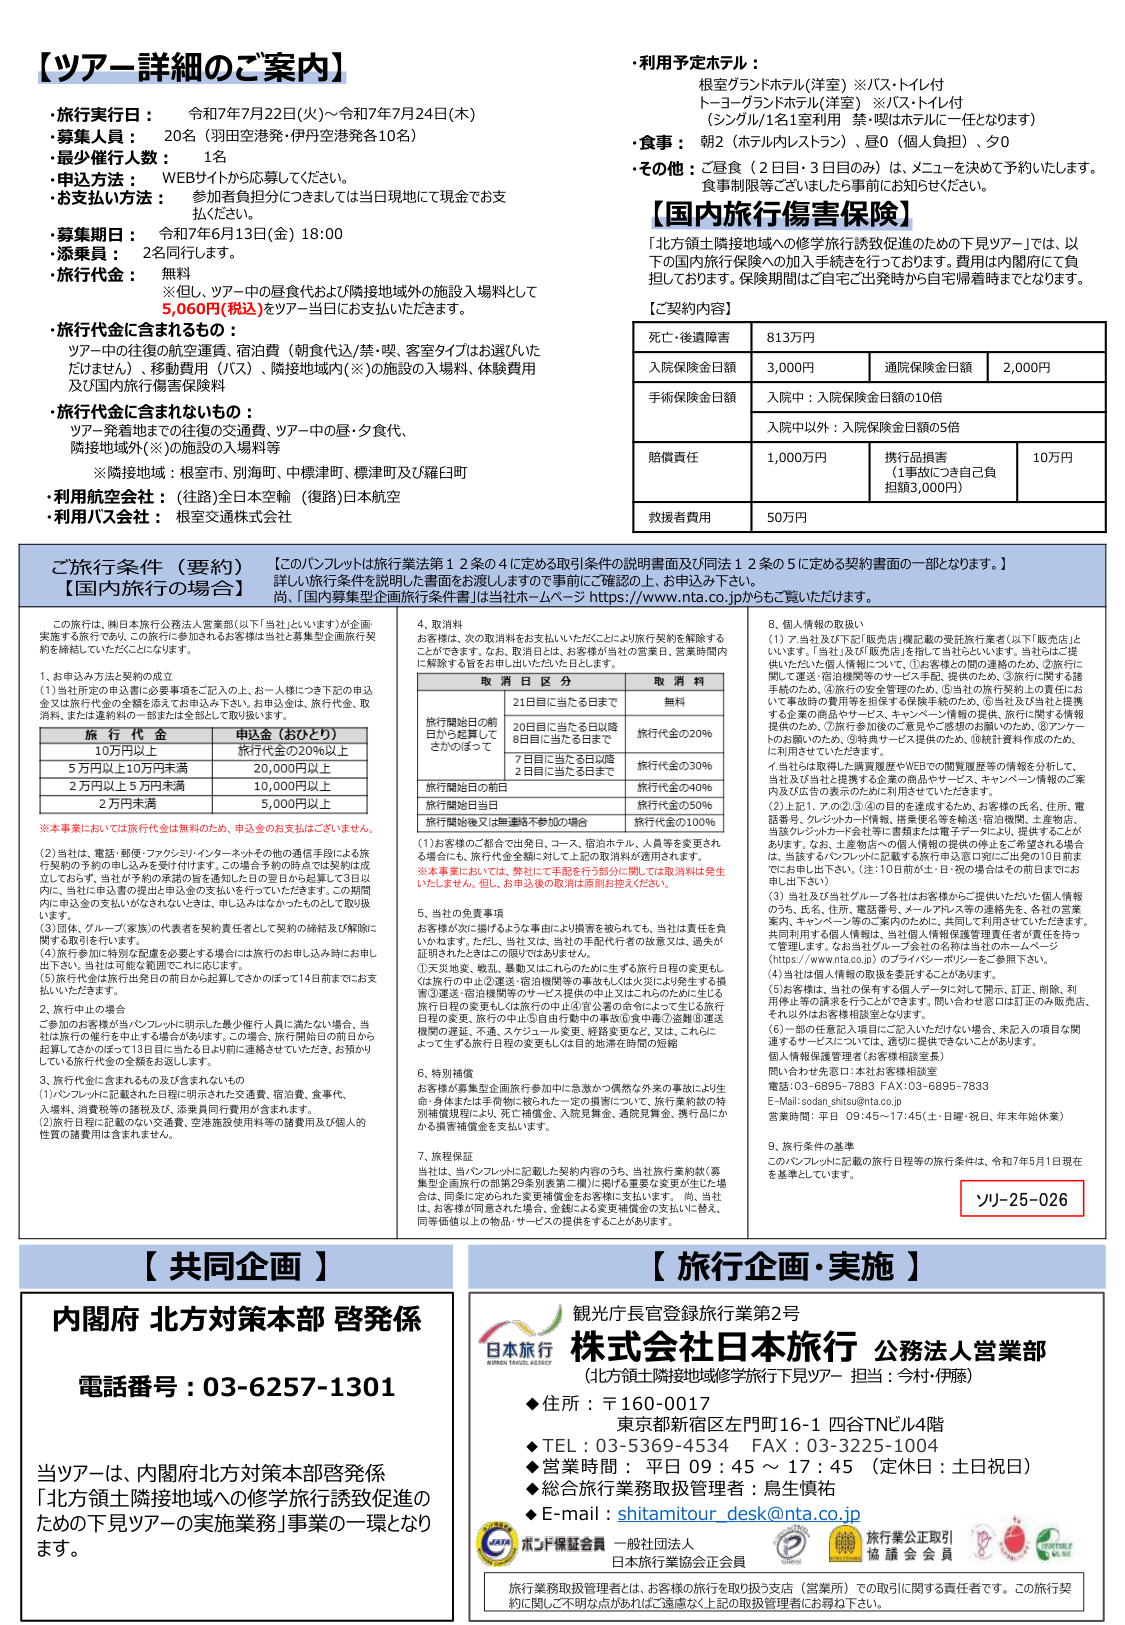
【ツアー詳細のご案内】

・旅行実行日： 令和7年7月22日(火)～令和7年7月24日(木)
・募集人員： 20名（羽田空港発・伊丹空港発各10名）
・最少催行人数： 1名
・申込方法： WEBサイトから応募してください。
・お支払い方法： 参加者負担分につきましては当日現地にて現金でお支払ください。
・募集期日： 令和7年6月13日(金) 18:00
・添乗員： 2名同行します。
・旅行代金： 無料
※但し、ツアー中の昼食代および隣接地域への施設入場料として5,060円(税込)をツアー当日にお支払いいただきます。

・旅行代金に含まれるもの：
ツアー中の往復の航空運賃、宿泊費（朝食代込/禁・喫、客室タイプはお選びいただけません）、移動費用（バス）、隣接地域内(※)の施設の入場料、体験費用及び国内旅行傷害保険料

・旅行代金に含まれないもの：
ツアー発着地までの往復の交通費、ツアー中の昼・夕食代、隣接地域外(※)の施設の入場料等
※隣接地域：根室市、別海町、中標津町、標津町及び羅臼町

・利用航空会社： (往路)日本航空機 (復路)日本航空
・利用バス会社： 根室交通株式会社

・利用予定ホテル：
根室グランドホテル(洋室) ※バス・トイレ付
トーコングランドホテル(洋室) ※バス・トイレ付
(シングル/1名1室利用 禁・喫はホテルに一任となります)

・食事： 朝2（ホテル内レストラン）、昼0（個人負担）、夕0
・その他： ご昼食（2日目・3日目の分）は、メニューを決めて予約いたします。食事制限等ございましたら事前にお知らせください。

【国内旅行傷害保険】
「北方領土隣接地域への修学旅行誘致促進のための下見ツアー」では、以下の国内旅行保険への加入手続きを行っております。費用は内閣府にて負担しております。保険期間はご自宅ご出発時から自宅帰着時までとなります。

【ご契約内容】
| 死亡・後遺障害 | 813万円 |
| 入院保険金日額 | 3,000円 | 通院保険金日額 | 2,000円 |
| 手術保険金日額 | 入院中：入院保険金日額の10倍 | | |
| | 入院中以外：入院保険金日額の5倍 | | |
| 賠償責任 | 1,000万円 | 損耗品損害（1事故につき自己負担額3,000円） | 10万円 |
| 救援者費用 | 50万円 |

ご旅行条件（要約）
【国内旅行の場合】
【このパンフレットは旅行業法第12条の4に定める取引条件の説明書面及び同法12条の5に定める契約書面の一部となります。】
詳しい旅行条件を説明した書面をお渡ししますので事前にご確認の上、お申込み下さい。
尚、「国内募集型企画旅行条件書」は当社ホームページ https://www.nta.co.jpからご覧いただけます。

この旅行は、㈱日本旅行公務法人営業部（以下「当社」といいます）が企画・実施を依頼しており、この旅行に参加されるお客様は当社と募集型企画旅行契約を締結していただくことになります。

1. お申込み方法と契約の成立
(1) 当社所定の申込書に必要事項をご記入の上、お一人様につき下記の申込金又は旅行代金の全額を添えてお申込み下さい。お申込金は、旅行代金、取消料、または違約料の一部または全部として取り扱います。

| 旅行代金 | 申込金（おひとり） |
|----------|------------------|
| 10万円以上 | 旅行代金の20%以上 |
| 5万円以上10万円未満 | 20,000円以上 |
| 2万円以上5万円未満 | 10,000円以上 |
| 2万円未満 | 5,000円以上 |

※本事業においては旅行代金は無料のため、申込金のお支払いございません。

(2) 当社は、電話・郵便・ファクシミリ・インターネットその他の通信手段による旅行契約の予約の申し込みを受け付けます。この場合予約の時点では契約は成立しておらず、当社が予約の承諾の旨を通知した日の翌日から起算して3日以内に、当社に申込書の提出と申込金の支払いを行っていただきます。この期間内に申込金の支払いがなされないときは、申込みはなかったものとして取り扱います。

(3) 団体、グループ・家族・の代表者を契約責任者として契約の締結及び解除に関する取り扱いを行います。

(4) 旅行参加に特別な配慮を必要とする場合は旅行のお申し込み時に申し出下さい。当社は可能な範囲でこれに応じます。

(5) 旅行代金は旅行出発日の前日から起算してさかのぼって14日前までにお支払いいただきます。

2. 旅行中止の場合
ご参加のお客様が当パンフレットに明示した最少催行人員に満たない場合、当社は旅行の催行を中止する場合があります。この場合、旅行開始日の前日から起算してさかのぼって13日目に当たる日以前に連絡させていただき、お預かりしている旅行代金の全額をお返しします。

3. 旅行代金に含まれるもの及び含まれないもの
(1) パンフレットに記載された日程に明示された交通費、宿泊費、食事代、入場料、消費税等の諸税及び、添乗員同行費用が含まれます。
(2) 旅行日程に記載のない交通費、空港施設使用料等の諸費用及び個人的性質の諸費用は含まれません。

4. 取消料
お客様が、次の取消料をお支払いいただくことにより旅行契約を解除することができます。なお、取消日とは、お客様が当社の営業日、営業時間内に解除する旨をお申し出いただいた日とします。

| 取消日区分 | 取消料 |
|------------|--------|
| 旅行開始日の前日から起算してさかのぼって21日目に当たる日まで | 無料 |
| 20日目に当たる日以降8日目に当たる日まで | 旅行代金の20% |
| 7日目に当たる日以降2日目に当たる日まで | 旅行代金の30% |
| 旅行開始日の前日 | 旅行代金の40% |
| 旅行開始当日 | 旅行代金の50% |
| 旅行開始後又は無連絡不参加の場合 | 旅行代金の100% |

(1) お客様のご都合で出発日、コース、宿泊ホテル、人員等を変更される場合にも、旅行代金全額に対して上記の取消料が適用されます。
※本事業においては、弊社にて手配を行う部分に関しては取消料は発生いたしません。但し、お申込後の取消は原則お控えください。

5. 当社の免責事項
お客様が次に掲げるような事由により損害を被られても、当社は責任を負いかねます。ただし、当社又は、当社の手配代行者の故意又は、過失が原因となった場合にはこの限りではありません。
① 天災地変、戦乱、暴動又はこれらのために生ずる旅行日程の変更もしくは旅行の中止② 運送・宿泊機関等の事故もしくは火災により発生する損害③ 運送・宿泊機関等のサービス提供の中止又はこれらのために生じる旅行日程の変更もしくは旅行の中止④ 官公署の命令によって生じる旅行日程の変更、旅行の中止⑤ 自由行動中の事故⑥ 食中毒⑦ 旅程⑧ 運送機関の遅延、不通、スケジュール変更、経路変更など、又は、これらによって生ずる旅行日程の変更もしくは目的地滞在時間の短縮

6. 特別補償
お客様が募集型企画旅行参加中に急激かつ偶然な外来の事故により生命・身体または手荷物に被られた一定の損害について、旅行業約款(募集型企画旅行の部第29条別表第2欄)に掲げる重要な変更が生じた場合、同条に定められた変更補償金をお支払いします。尚、当社は、お客様が同意された場合、全額による変更補償金の支払いに替え、同等価値以上の物品・サービスの提供をすることがあります。

7. 旅程保証
当社は、当パンフレットに記載した契約内容のうち、当社旅行業約款(募集型企画旅行の部第29条別表第2欄)に掲げる重要な変更が生じた場合は、同条に定められた変更補償金をお支払いします。尚、当社は、お客様が同意された場合、全額による変更補償金の支払いに替え、同等価値以上の物品・サービスの提供をすることがあります。

8. 個人情報の取扱い
(1) 7.当社及び下記「販売店」(機関扱の受託旅行業者（以下「販売店」といいます。「当社」及び「販売店」を併して当社といいます。当社とは一括供した個人情報について、①お客様との間の連絡のため、②旅行に関しご運送・宿泊機関等のサービス手配、提供のため、③旅行に関する諸手続きのため、④旅行の安全管理のため、⑤当社の旅行契約上の責任において事故時の費用等を担保する保険手続のため、⑥当社及び当社と提携する企業の商品やサービス、キャンペーン情報の提供、旅行に関する情報提供のため、⑦旅行参加者間のご意見やご感想のお願いのため、⑧アンケートのお願いのため、⑨特典サービス提供のため、⑩統計資料作成のため、に利用させていただきます。
イ 当社は取得した消費履歴やWEBでの閲覧履歴等の情報を分析して、当社及び当社と提携する企業の商品やサービス、キャンペーン情報のご案内及び広告の表示のために利用させていただきます。
(2) 上記1. 7.の②・③・④の目的を達成するため、お客様の氏名、住所、電話番号、クレジットカード情報、搭乗便名等を輸送・宿泊機関、土産物店、当該クレジットカード会社等に書類または電子データにより、提供することがあります。なお、土産物店への個人情報の提供の停止をご希望される場合は、当該するパンフレットに記載する旅行申込書口宛にご自身の10日前までにお申し出下さい。（注：10日前は、日・祝の場合もその前日までにお申し出下さい）
(3) 当社及び当社グループ各社はお客様からご提供いただいた個人情報のうち、氏名、住所、電話番号、メールアドレス等の連絡先を、各社の営業案内、キャンペーン等のご案内のために、共同して利用させていただきます。共同利用する個人情報は、当社個人情報保護管理責任者が責任を持つて管理します。なお当社グループ各社の名称は当社のホームページ（https://www.nta.co.jp）のプライバシーポリシーをご参照下さい。
(4) 当社は個人情報の取扱を委託することがあります。
(5) お客様は、当社が保有する個人データに対して開示、訂正、削除、利用停止等の請求を行うことができます。問い合わせ窓口は訂正の本販売店、それ以外はお客様相談室となります。
(6) 一部の任意記入項目にご記入いただけない場合、未記入の項目に関連するサービスについては、適切に提供できないことがあります。
個人情報保護管理者（お客様相談室）
問い合わせ先窓口：本社お客様相談室
電話：03-6895-7883 FAX：03-6895-7833
E-Mail：sodan_shitsu@nta.co.jp
営業時間：平日 09:45～17:45（土・日曜・祝日、年末年始休業）

9. 旅行条件の基準
このパンフレットに記載の旅行日程等の旅行条件は、令和7年5月1日現在を基準としています。

ソリ-25-026

【共同企画】
内閣府 北方対策本部 啓発係
電話番号：03-6257-1301

当ツアーは、内閣府北方対策本部啓発係
「北方領土隣接地域への修学旅行誘致促進のための下見ツアーの実施業務」事業の一環となります。

【旅行企画・実施】
観光庁長官登録旅行業第2号
株式会社日本旅行 公務法人営業部
（北方領土隣接地域修学旅行下見ツアー 担当：今村/伊藤）

◆住所：〒160-0017
東京都新宿区左門町16-1 四谷TNビル4階
◆TEL：03-5369-4534 FAX：03-3225-1004
◆営業時間： 平日 09：45 ～ 17：45 （定休日：土日祝日）
◆総合旅行業務取扱管理者：鳥生慎祐
◆E-mail：shitamitour_desk@nta.co.jp

JAPAN TRAVEL AGENCY
JATA ホンド保証会員 一般社団法人 日本旅行業協会正会員
旅行業公正取引 協議会 会員

旅行業務取扱管理者とは、お客様の旅行を取り扱う支店（営業所）での取引に関する責任者です。この旅行契約に関してご不明な点があれば、遠慮なく上記の取扱管理者にお尋ね下さい。